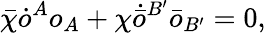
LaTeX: \bar{\chi}\dot{o}^{A}o_{A}+\chi\dot{\bar{o}}^{B^{\prime}}\bar{o}_{B^{\prime}}=0,